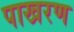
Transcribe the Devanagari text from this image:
पाखरण